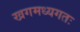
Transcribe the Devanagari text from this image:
खगमध्यगतः